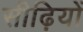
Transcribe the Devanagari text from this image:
सीढ़ियों